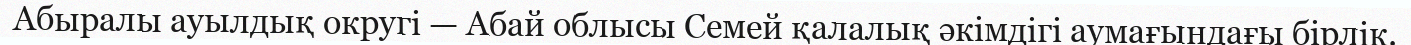
Абыралы ауылдық округі — Абай облысы Семей қалалық әкімдігі аумағындағы бірлік.